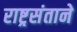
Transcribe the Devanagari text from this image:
राष्ट्रसंताने